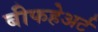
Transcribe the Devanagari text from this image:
बीफहेअर्ट